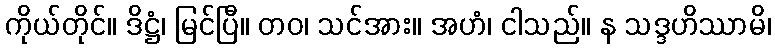
ကိုယ်တိုင်။ ဒိဋ္ဌံ၊ မြင်ပြီ။ တဝ၊ သင်အား။ အဟံ၊ ငါသည်။ န သဒ္ဒဟိဿာမိ၊